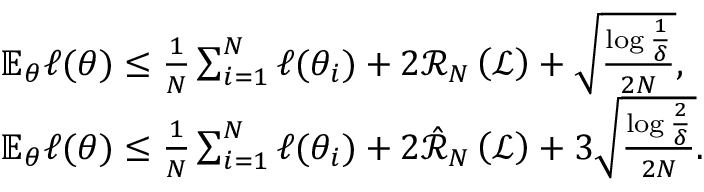
\begin{array} { r l } & { \mathbb { E } _ { \theta } \ell ( \theta ) \leq \frac { 1 } { N } \sum _ { i = 1 } ^ { N } \ell ( \theta _ { i } ) + 2 \mathcal { R } _ { N } \left( \mathcal { L } \right) + \sqrt { \frac { \log \frac { 1 } { \delta } } { 2 N } } , } \\ & { \mathbb { E } _ { \theta } \ell ( \theta ) \leq \frac { 1 } { N } \sum _ { i = 1 } ^ { N } \ell ( \theta _ { i } ) + 2 \hat { \mathcal { R } } _ { N } \left( \mathcal { L } \right) + 3 \sqrt { \frac { \log \frac { 2 } { \delta } } { 2 N } } . } \end{array}